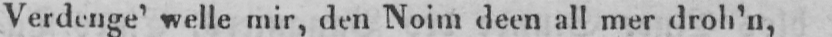
Verdenge’ welle mir, den Noim deen all mer droh’n,